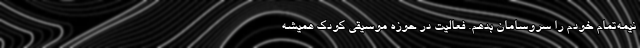
نیمه‌تمام خودم را سروسامان بدهم. فعالیت در حوزه موسیقی کودک همیشه